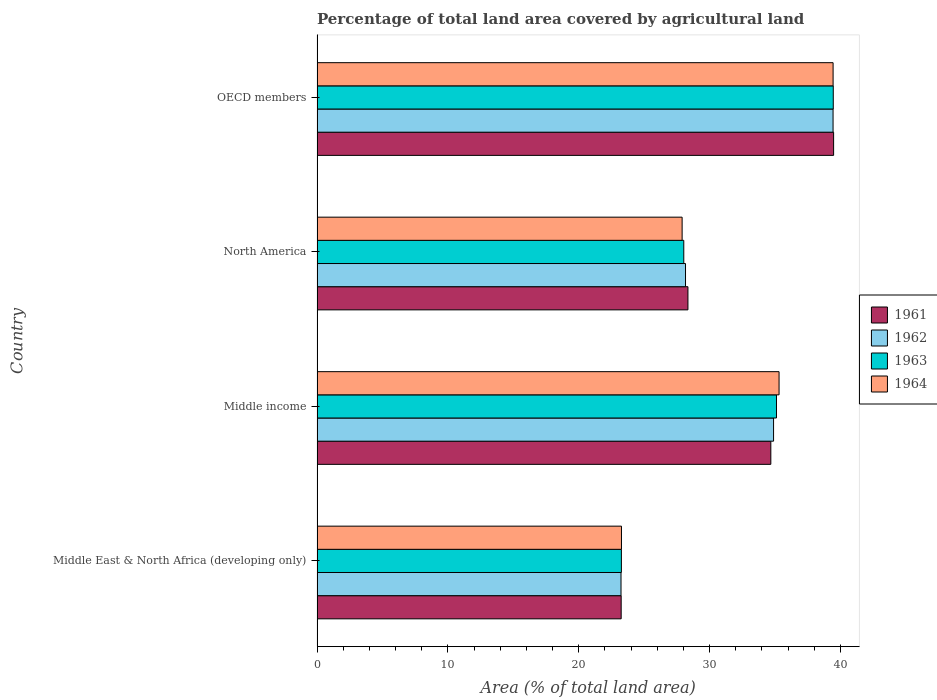
| Country | 1961 | 1962 | 1963 | 1964 |
 | --- | --- | --- | --- | --- |
 | Middle East & North Africa (developing only) | 23.2 | 23.2 | 23.3 | 23.3 |
 | Middle income | 34.7 | 34.9 | 35.1 | 35.3 |
 | North America | 28.3 | 28.2 | 28 | 27.9 |
 | OECD members | 39.5 | 39.4 | 39.4 | 39.4 |